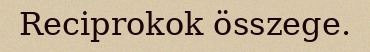
Reciprokok összege.